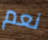
نعم